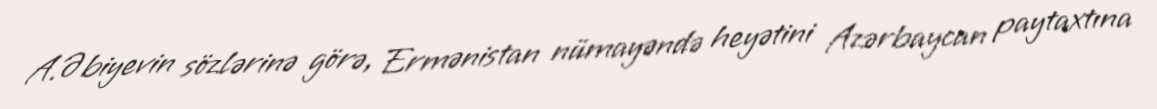
A.Əbiyevin sözlərinə görə, Ermənistan nümayəndə heyətini Azərbaycan paytaxtına